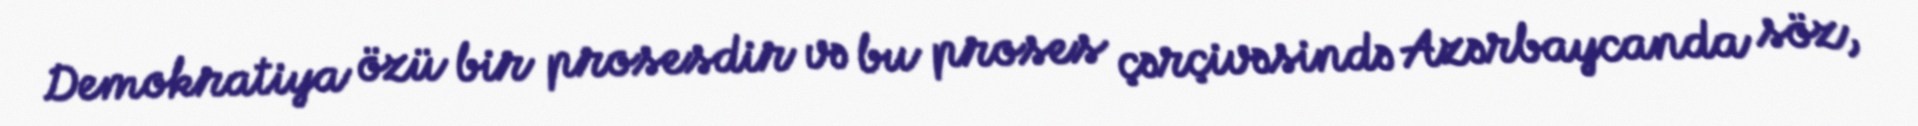
Demokratiya özü bir prosesdir və bu proses çərçivəsində Azərbaycanda söz,